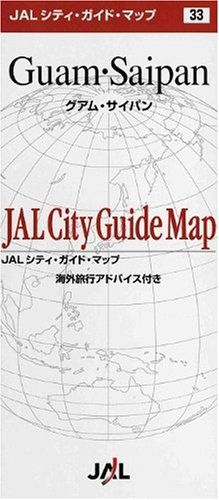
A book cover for (Folding map) Guam Saipan [JAL City Guide Map] (2008) ISBN: 4876417733 [Japanese Import]; Travel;